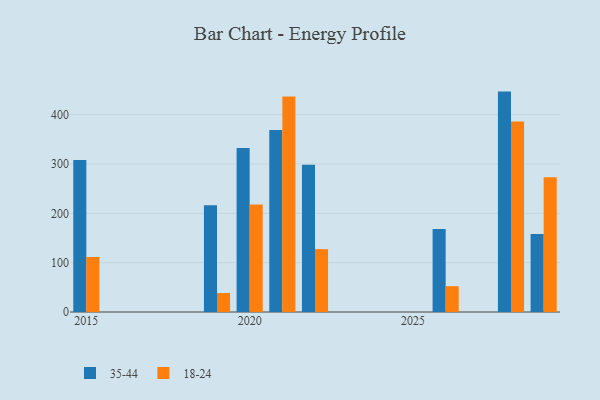
{"axis": {"x": "Year", "y": "LTV (USD)"}, "legend": ["18-24", "35-44"], "data": [{"x": "2019", "y": 216.5, "type": "35-44"}, {"x": "2019", "y": 38.4, "type": "18-24"}, {"x": "2029", "y": 158.0, "type": "35-44"}, {"x": "2029", "y": 273.1, "type": "18-24"}, {"x": "2021", "y": 369.1, "type": "35-44"}, {"x": "2021", "y": 437.0, "type": "18-24"}, {"x": "2028", "y": 446.7, "type": "35-44"}, {"x": "2028", "y": 385.9, "type": "18-24"}, {"x": "2020", "y": 332.3, "type": "35-44"}, {"x": "2020", "y": 217.8, "type": "18-24"}, {"x": "2015", "y": 307.9, "type": "35-44"}, {"x": "2015", "y": 111.4, "type": "18-24"}, {"x": "2026", "y": 168.1, "type": "35-44"}, {"x": "2026", "y": 52.3, "type": "18-24"}, {"x": "2022", "y": 298.2, "type": "35-44"}, {"x": "2022", "y": 127.4, "type": "18-24"}]}